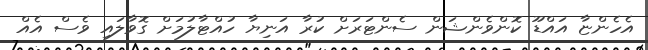
އެހެންޏާ އައްޑޫ ކޮންވެންޝަން ސެންޓަރަށް ކުރާ އަނިޔާ ހުއްޓާލުމަށް ގޮވާލައި ވެސް އެއް